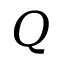
Q